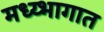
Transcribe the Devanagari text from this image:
मध्य्भागात